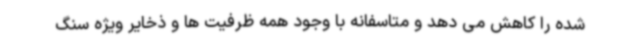
شده را کاهش می دهد و متاسفانه با وجود همه ظرفیت ها و ذخایر ویژه سنگ